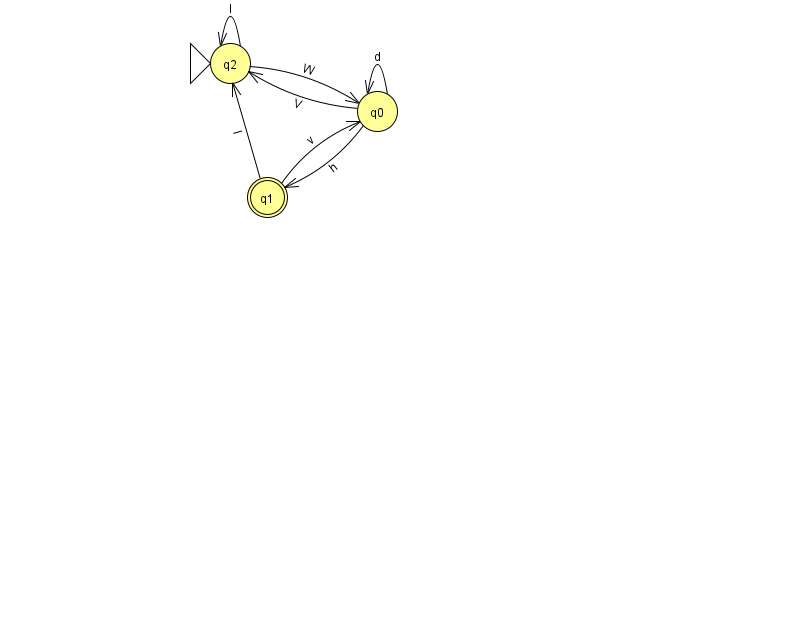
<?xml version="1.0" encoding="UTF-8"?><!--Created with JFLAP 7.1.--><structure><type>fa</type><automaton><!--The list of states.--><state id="0" name="q0"><x>377.0</x><y>98.0</y></state><state id="1" name="q1"><x>267.0</x><y>184.0</y><final/></state><state id="2" name="q2"><x>230.0</x><y>50.0</y><initial/></state><!--The list of transitions.--><transition><from>1</from><to>2</to><read>l</read></transition><transition><from>0</from><to>0</to><read>d</read></transition><transition><from>1</from><to>0</to><read>v</read></transition><transition><from>0</from><to>1</to><read>h</read></transition><transition><from>0</from><to>2</to><read>V</read></transition><transition><from>2</from><to>0</to><read>W</read></transition><transition><from>2</from><to>2</to><read>l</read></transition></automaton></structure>